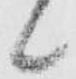
候